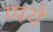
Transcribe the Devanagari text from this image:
प्पये